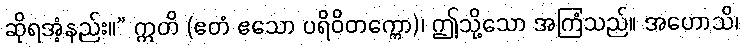
ဆိုရအံ့နည်း။” ဣတိ (ဧတံ ဧသော ပရိဝိတက္ကော)၊ ဤသို့သော အကြံသည်။ အဟောသိ၊